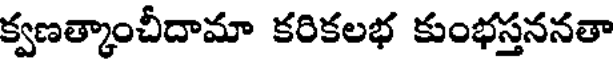
క్వణత్కాంచీదామా కరికలభ కుంభస్తననతా